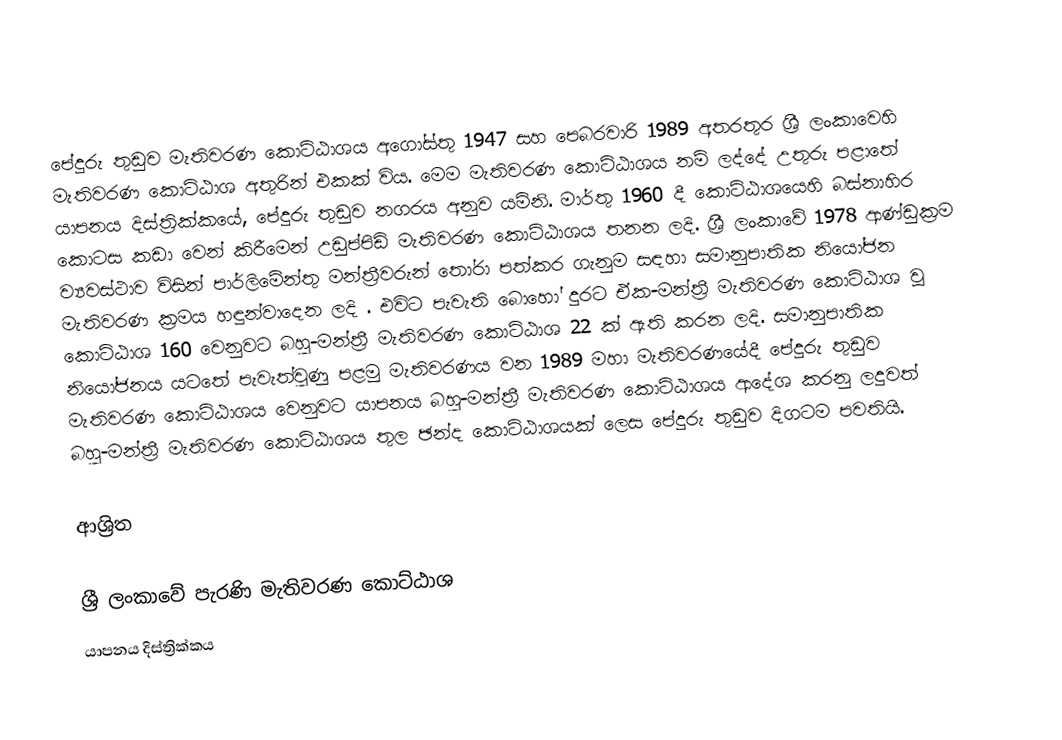
පේදුරු තුඩුව මැතිවරණ කොට්ඨාශය  අගෝස්තු 1947 සහ පෙබරවාරි 1989 අතරතුර  ශ්‍රී ලංකාවෙහි  මැතිවරණ කොට්ඨාශ අතුරින් එකක් විය. මෙම මැතිවරණ කොට්ඨාශය නම් ලද්දේ  උතුරු පළාතේ  යාපනය දිස්ත්‍රික්කයේ,  පේදුරු තුඩුව නගරය අනුව යමිනි.  මාර්තු 1960 දී කොට්ඨාශයෙහි බස්නාහිර කොටස කඩා වෙන් කිරීමෙන් උඩුප්පිඩි මැතිවරණ කොට්ඨාශය තනන ලදි. ශ්‍රී ලංකාවේ 1978 ආණ්ඩුක්‍රම ව්‍යවස්ථාව විසින්   පාර්ලිමේන්තු මන්ත්‍රීවරුන් තෝරා පත්කර ගැනුම සඳහා සමානුපාතික නියෝජන මැතිවරණ ක්‍රමය හඳුන්වාදෙන ලදි . එවිට පැවැති බොහෝ දුරට  ඒක-මන්ත්‍රී මැතිවරණ කොට්ඨාශ වූ කොට්ඨාශ 160 වෙනුවට බහු-මන්ත්‍රී මැතිවරණ කොට්ඨාශ 22 ක් ඇති කරන ලදි. සමානුපාතික නියෝජනය යටතේ  පැවැත්වුණු පළමු මැතිවරණය වන 1989 මහා මැතිවරණයේදී  පේදුරු තුඩුව මැතිවරණ කොට්ඨාශය වෙනුවට  යාපනය බහු-මන්ත්‍රී මැතිවරණ කොට්ඨාශය  ආදේශ කරනු ලදුවත් බහු-මන්ත්‍රී මැතිවරණ කොට්ඨාශය තුල ඡන්ද කොට්ඨාශයක් ලෙස පේදුරු තුඩුව දිගටම පවතියි.

ආශ්‍රිත

ශ්‍රී ලංකාවේ පැරණි මැතිවරණ කොට්ඨාශ
 යාපනය දිස්ත්‍රික්කය